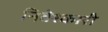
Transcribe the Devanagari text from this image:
निवेश्कारी